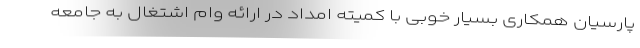
پارسیان همکاری بسیار خوبی با کمیته امداد در ارائه وام اشتغال به جامعه